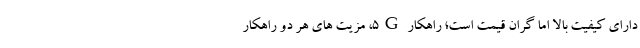
دارای کیفیت بالا اما گران قیمت است؛ راهکار 5G، مزیت های هر دو راهکار